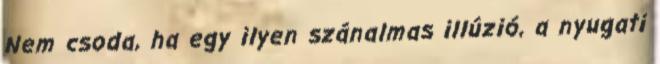
Nem csoda, ha egy ilyen szánalmas illúzió, a nyugati